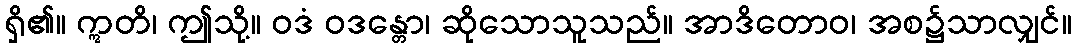
ရှိ၏။ ဣတိ၊ ဤသို့။ ဝဒံ ဝဒန္တော၊ ဆိုသောသူသည်။ အာဒိတောဝ၊ အစ၌သာလျှင်။